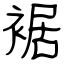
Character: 裾